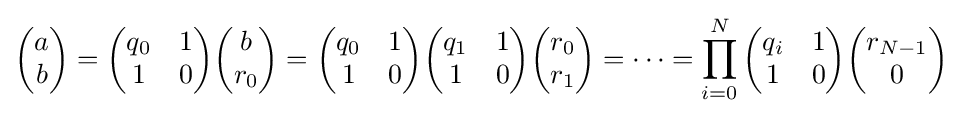
{\begin{pmatrix}a\\b\end{pmatrix}}={\begin{pmatrix}q_{0}&1\\1&0\end{pmatrix}}{\begin{pmatrix}b\\r_{0}\end{pmatrix}}={\begin{pmatrix}q_{0}&1\\1&0\end{pmatrix}}{\begin{pmatrix}q_{1}&1\\1&0\end{pmatrix}}{\begin{pmatrix}r_{0}\\r_{1}\end{pmatrix}}=\cdots =\prod _{i=0}^{N}{\begin{pmatrix}q_{i}&1\\1&0\end{pmatrix}}{\begin{pmatrix}r_{N-1}\\0\end{pmatrix}}